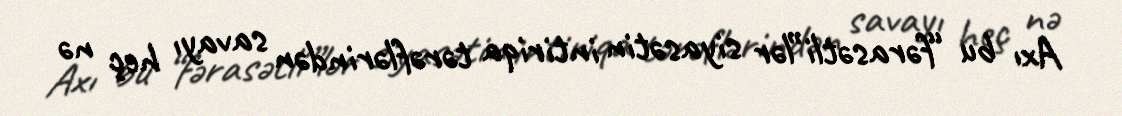
Axı bu “fərasətli”lər siyasətin intiriqa tərəflərindən savayı heç nə